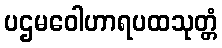
ပဌမဝေါဟာရပထသုတ္တံ